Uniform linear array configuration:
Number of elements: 64
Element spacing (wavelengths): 0.75
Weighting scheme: blackman
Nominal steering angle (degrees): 30
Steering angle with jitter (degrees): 29.412
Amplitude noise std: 0.05
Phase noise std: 0.05

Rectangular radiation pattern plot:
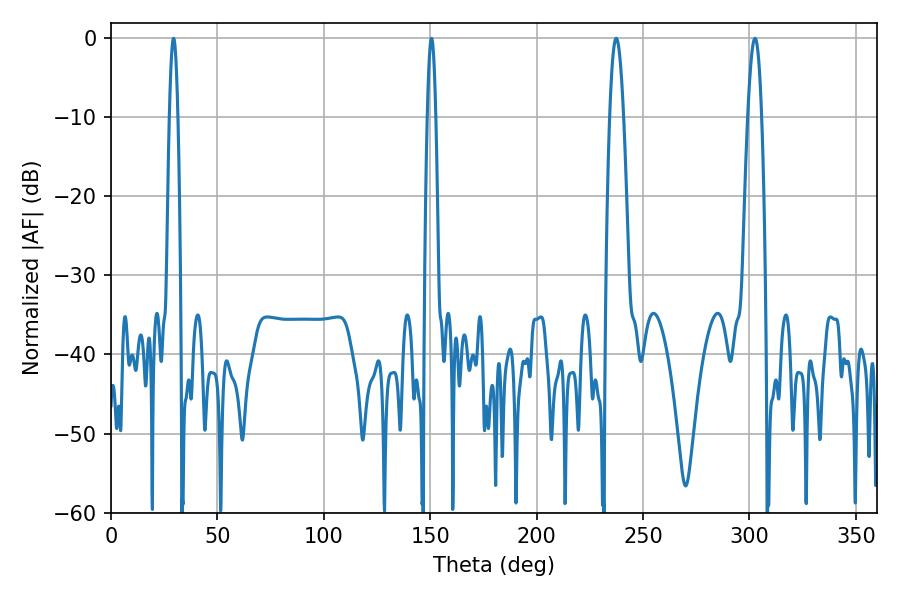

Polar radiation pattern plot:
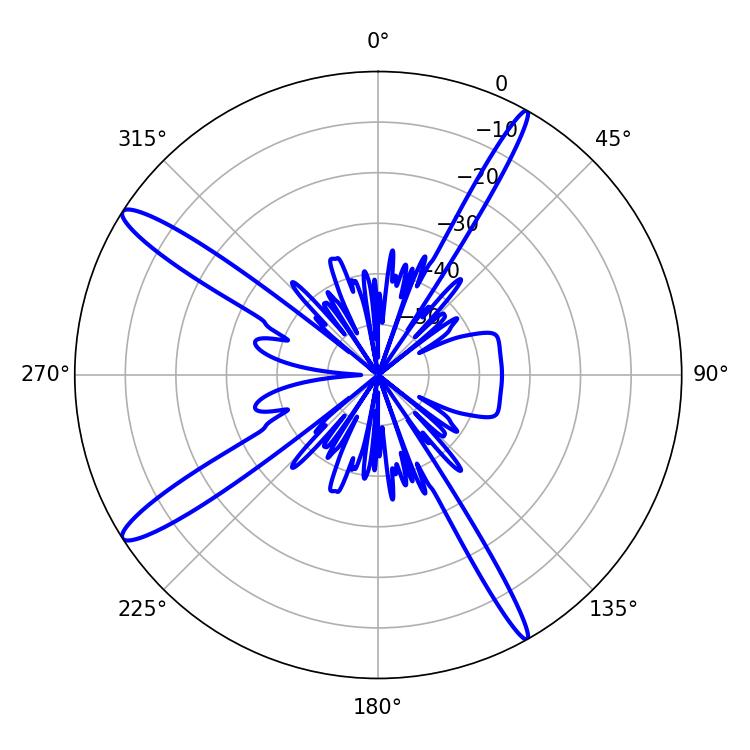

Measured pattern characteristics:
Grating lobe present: TRUE
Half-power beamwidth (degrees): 3.6
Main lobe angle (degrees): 237.42